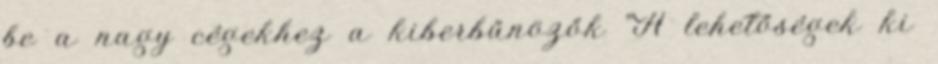
be a nagy cégekhez a kiberbűnözők "A lehetőségek ki